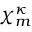
{ \boldsymbol { \chi } } _ { m } ^ { \kappa }